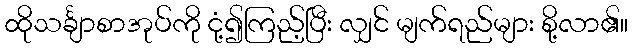
ထိုသင်္ချာစာအုပ်ကို ငုံ့၍ကြည့်ပြီး လျှင် မျက်ရည်များ စို့လာ၏။